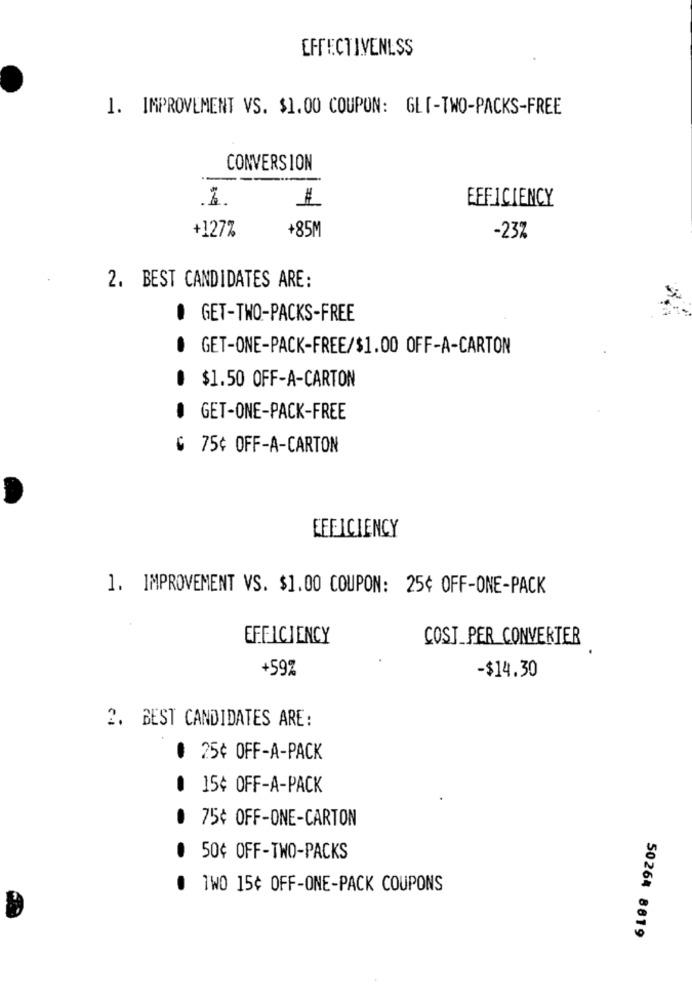
EFFECTIVENESS
1. IMPROVEMENT VS. $1.00 COUPON: GLI-TWO-PACKS-FREE
CONVERSION
-
₮
EFFICIENCY
+127%
+85M
-23%
2. BEST CANDIDATES ARE:
. GET-TWO-PACKS-FREE
. GET-ONE-PACK-FREE/$1.00 OFF-A-CARTON
$1.50 OFF-A-CARTON
. GET-ONE-PACK-FREE
₲ 75¢ OFF-A-CARTON
EFFICIENCY
1. IMPROVEMENT VS. $1.00 COUPON: 25¢ OFF-ONE-PACK
EFFICIENCY
COST_PER CONVERTER
+59%
-$14.30
2. BEST CANDIDATES ARE:
@ 25¢ OFF-A-PACK
. 15¢ OFF-A-PACK
. 75¢ OFF-ONE-CARTON
. 50¢ OFF-TWO-PACKS
. TWO 15¢ OFF-ONE-PACK COUPONS
50264 8619